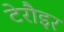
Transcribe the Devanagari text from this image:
टेरौइर